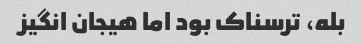
بله، ترسناک بود اما هیجان انگیز